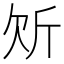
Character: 𭤠